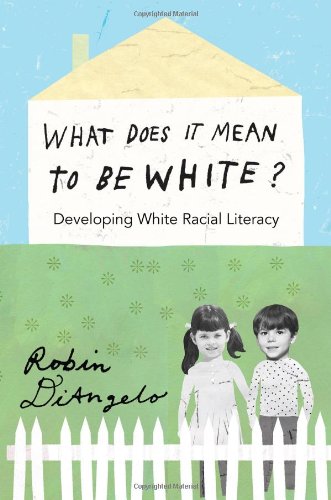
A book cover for What Does it Mean to be White?: Developing White Racial Literacy (Counterpoints); Robin DiAngelo; Medical Books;